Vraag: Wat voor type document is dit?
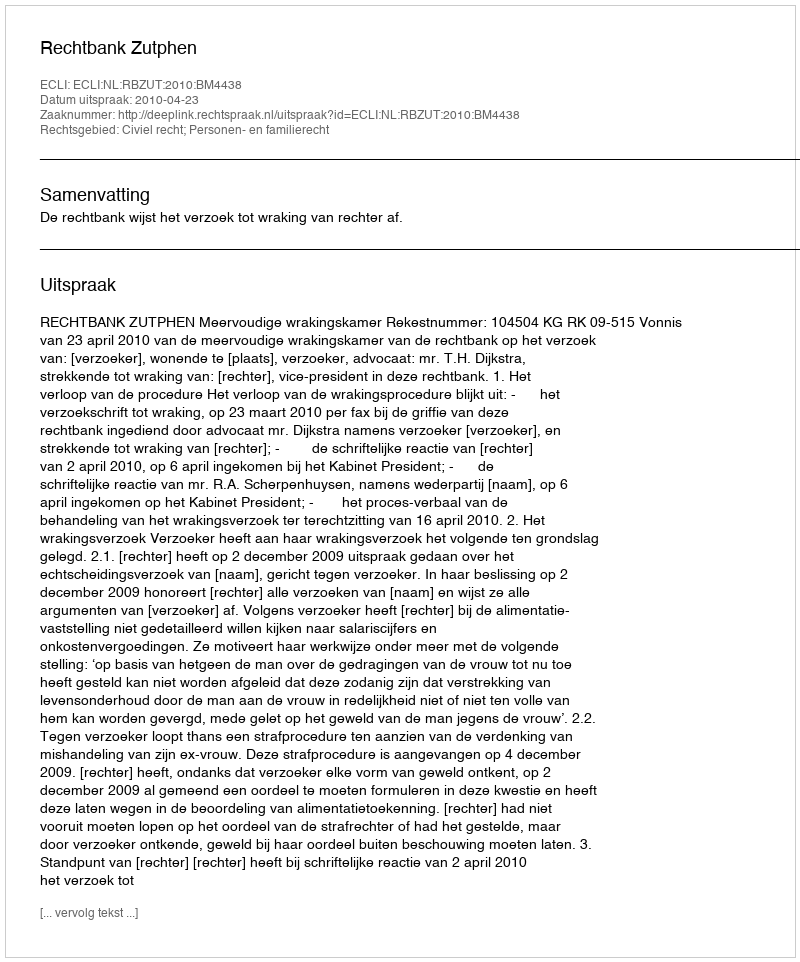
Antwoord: Uitspraak